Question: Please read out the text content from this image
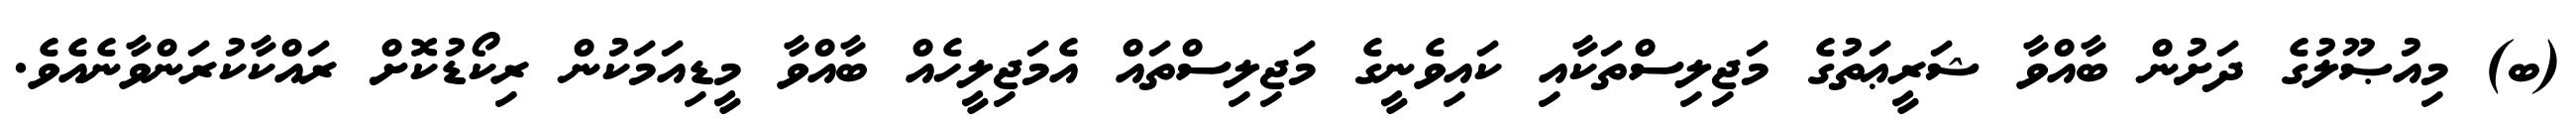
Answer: (ބ) މިއުޞޫލުގެ ދަށުން ބާއްވާ ޝަރީޢަތުގެ މަޖިލިސްތަކާއި ކައިވެނީގެ މަޖިލިސްތައް އެމަޖިލީހެއް ބާއްވާ މީޑިއަމަކުން ރިކޯޑުކޮށް ރައްކާކުރަންވާނެއެވެ.